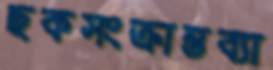
ছকসংক্রান্তব্যা